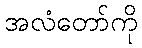
အလံတော်ကို